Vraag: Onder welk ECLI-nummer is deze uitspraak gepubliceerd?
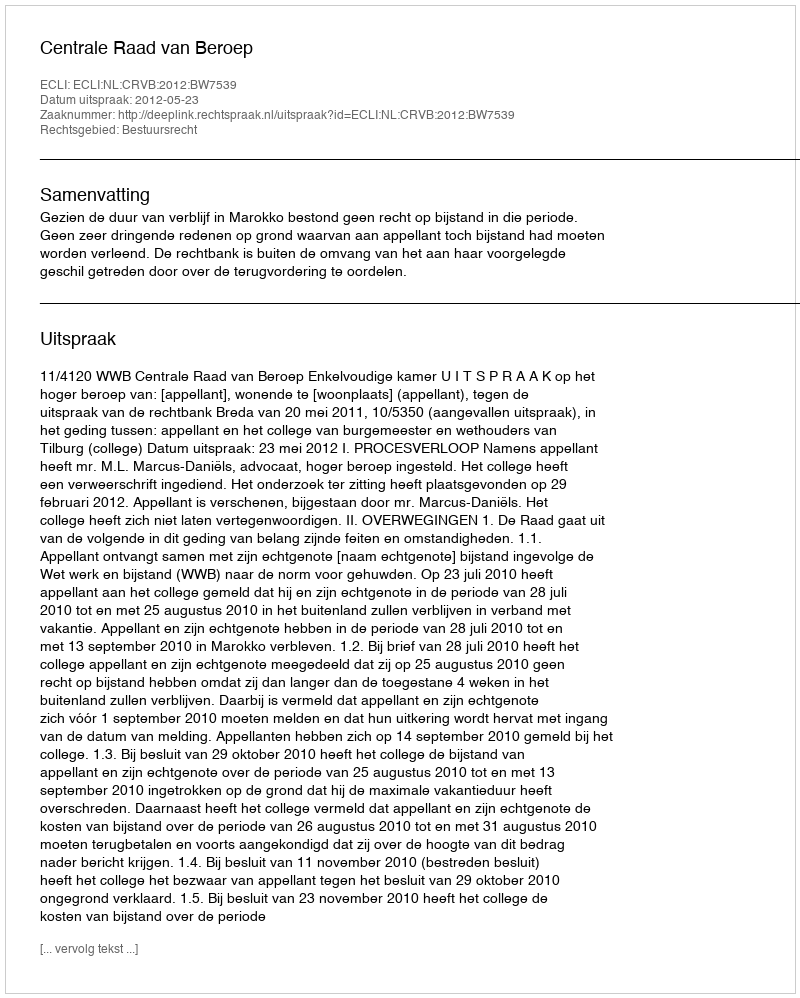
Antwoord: ECLI:NL:CRVB:2012:BW7539